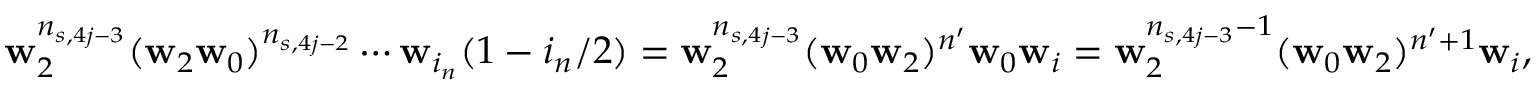
\mathbf w _ { 2 } ^ { n _ { s , 4 j - 3 } } ( \mathbf w _ { 2 } \mathbf w _ { 0 } ) ^ { n _ { s , 4 j - 2 } } \cdots \mathbf w _ { i _ { n } } ( 1 - i _ { n } / 2 ) = \mathbf w _ { 2 } ^ { n _ { s , 4 j - 3 } } ( \mathbf w _ { 0 } \mathbf w _ { 2 } ) ^ { n ^ { \prime } } \mathbf w _ { 0 } \mathbf w _ { i } = \mathbf w _ { 2 } ^ { n _ { s , 4 j - 3 } - 1 } ( \mathbf w _ { 0 } \mathbf w _ { 2 } ) ^ { n ^ { \prime } + 1 } \mathbf w _ { i } ,